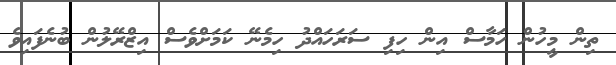
ތިން މީހުން ހަމާސް އިން ހިފި ސަރަހައްދު ހިމެނޭ ކަމަށްވެސް އިޒްރޭލުން ބުނެފައިވެ